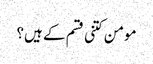
مومن کتنی قسم کے ہیں؟